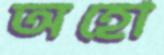
অহো